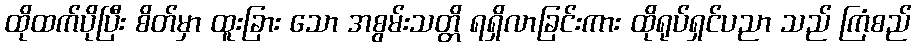
ထိုထက်ပိုပြီး စိတ်မှာ ထူးခြား သော အစွမ်းသတ္တိ ရရှိလာခြင်းကား ထိုရုပ်ရှင်ပညာ သည် ကြံစည်